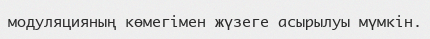
модуляцияның көмегімен жүзеге асырылуы мүмкін.